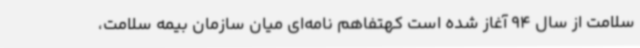
سلامت از سال 94 آغاز شده است کهتفاهم نامه‌ای میان سازمان بیمه سلامت،